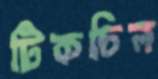
টিকচিল